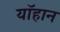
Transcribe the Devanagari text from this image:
यॉहान